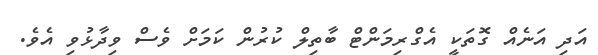
އަދި އަނެއް ގޮތަކީ އެގްރިމަންޓް ބާތިލް ކުރުން ކަމަށް ވެސް ވިދާޅުވި އެވެ.